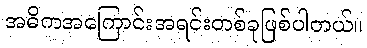
အဓိကအကြောင်းအရင်းတစ်ခုဖြစ်ပါတယ်။